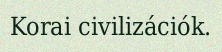
Korai civilizációk.